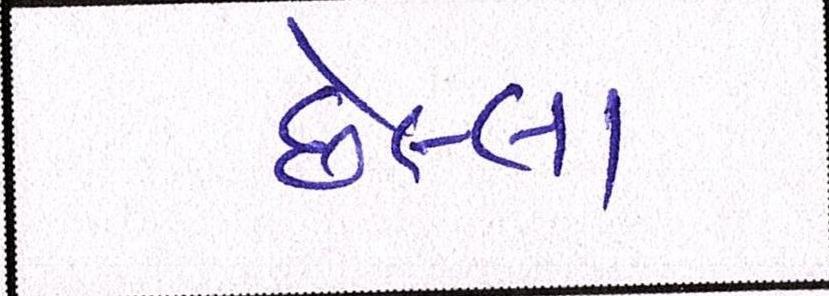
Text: છેલ્લા